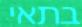
בתאי